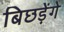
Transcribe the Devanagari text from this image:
बिछड़ेंगे